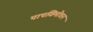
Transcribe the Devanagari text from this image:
पापविमोचन